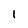
Character: l